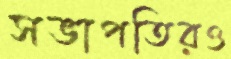
সভাপতিরও